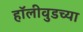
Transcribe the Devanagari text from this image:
हॉलीवुडच्या